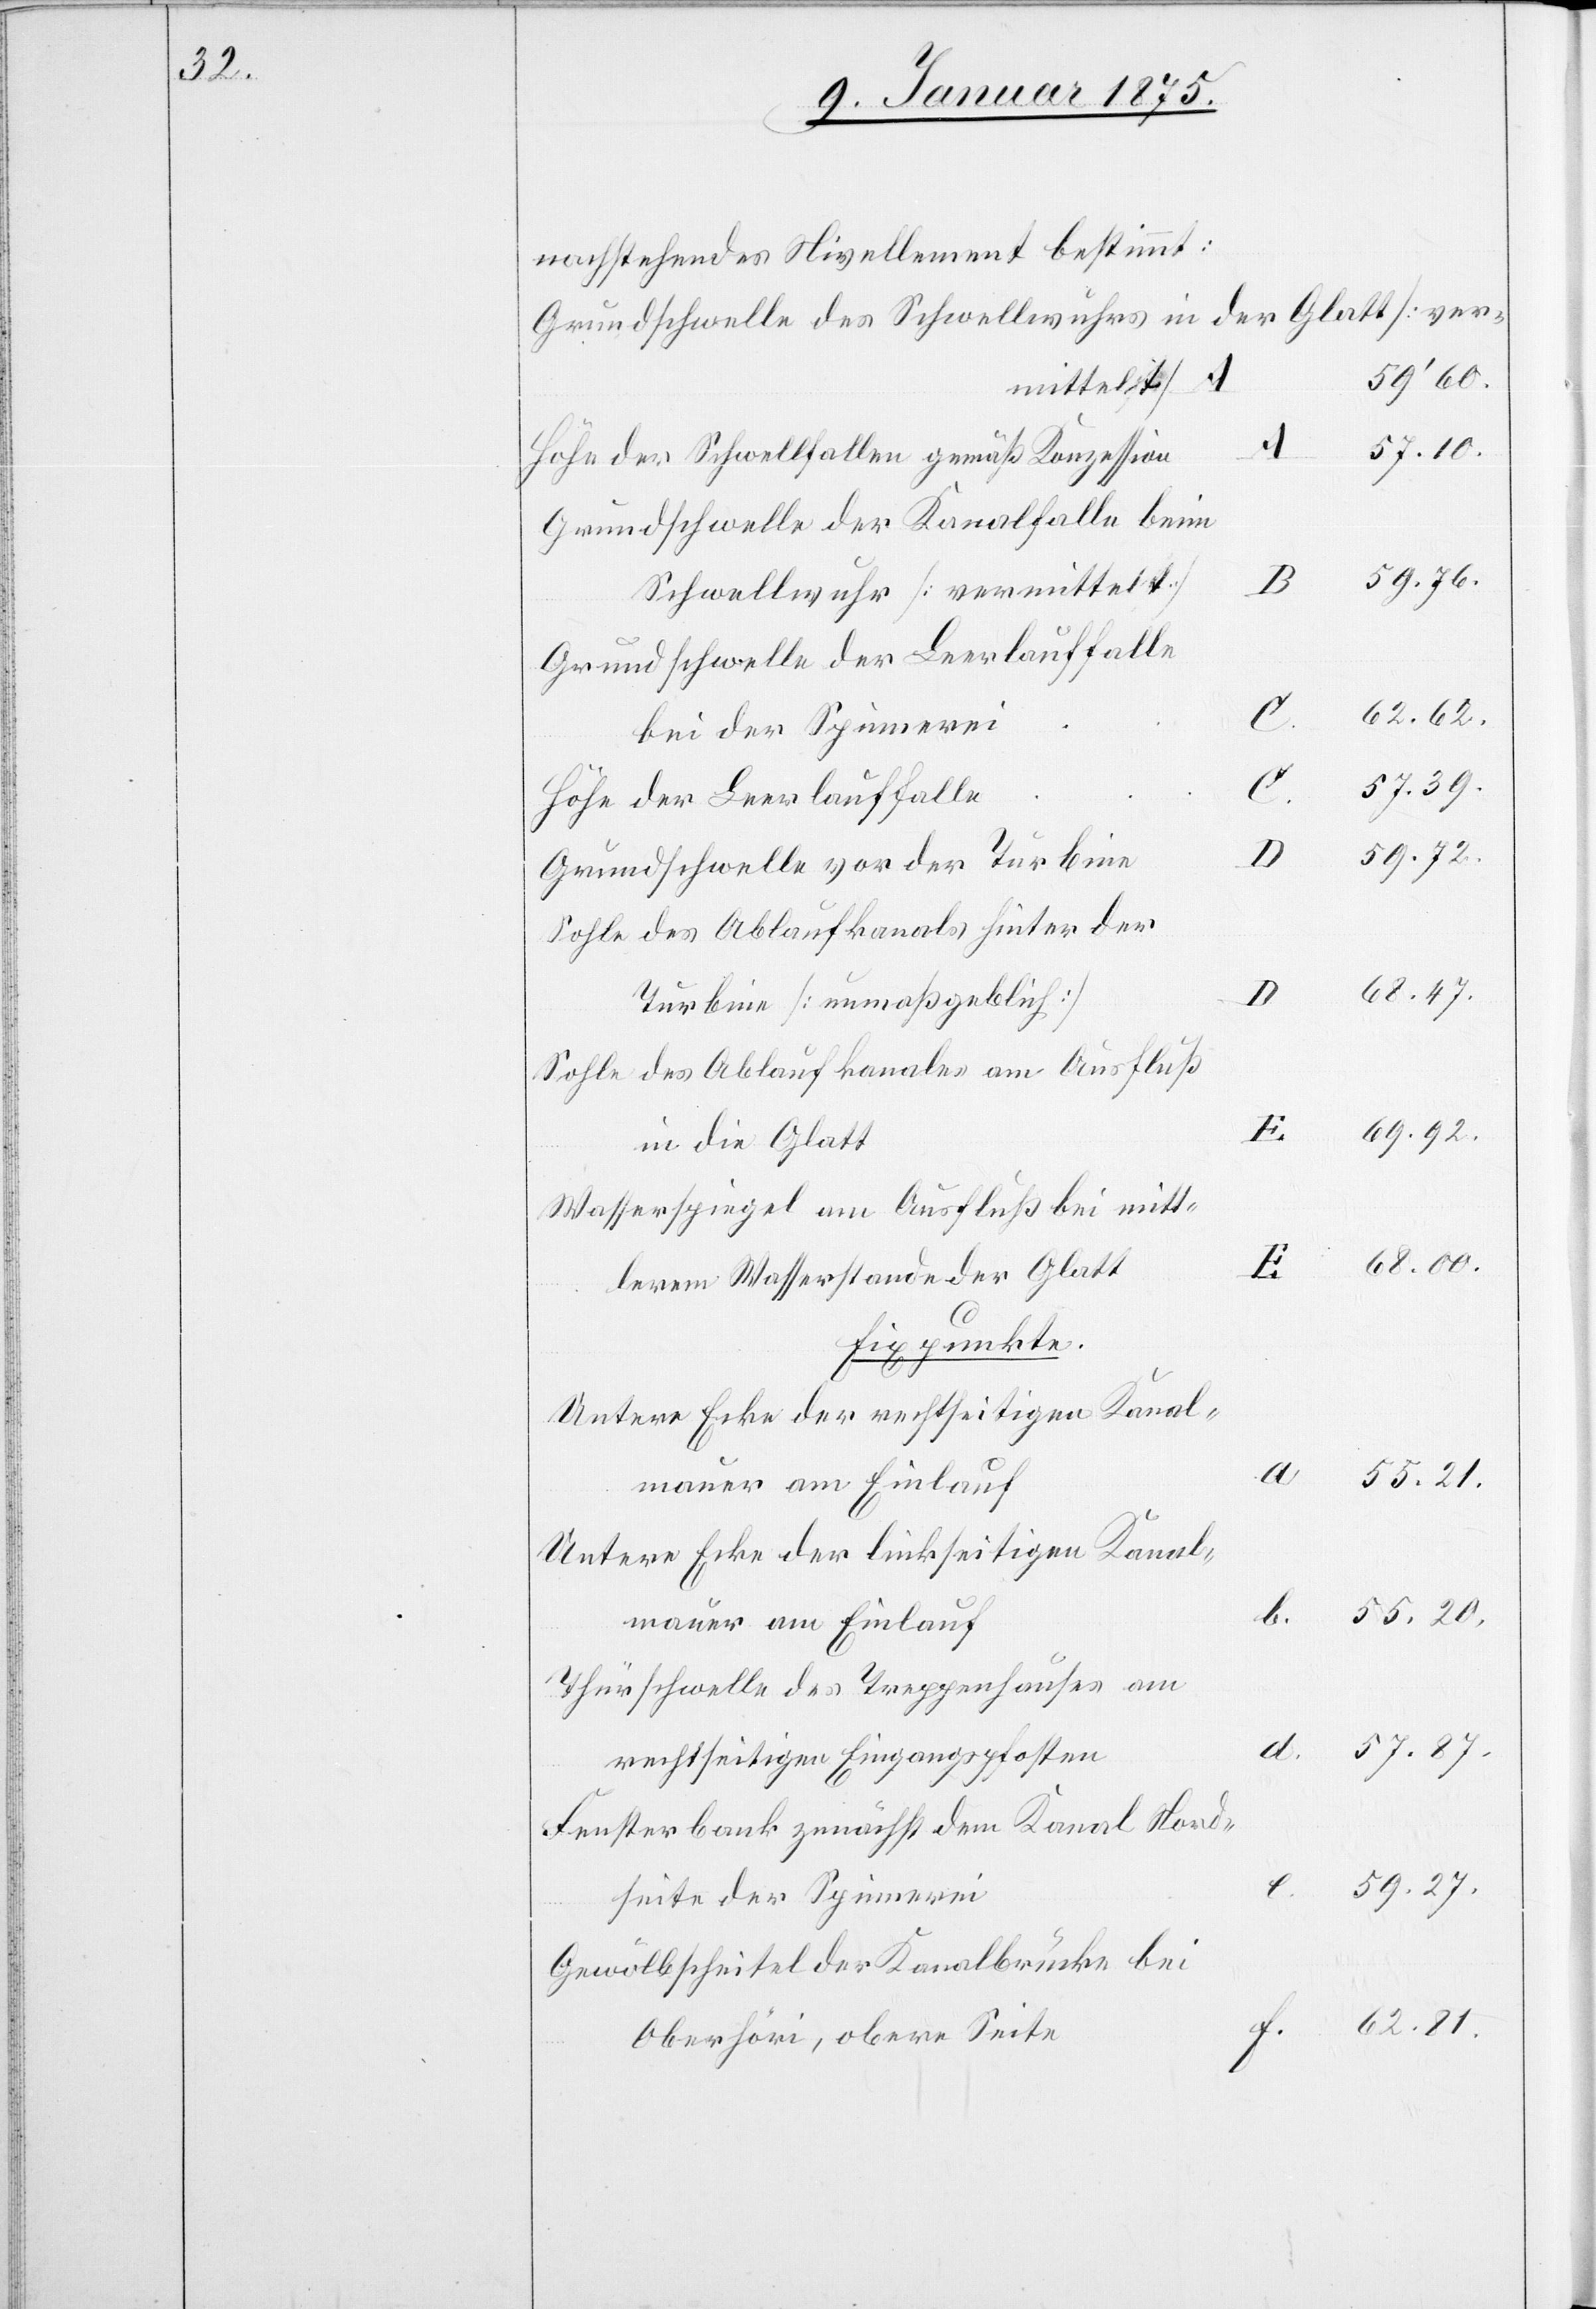
a
55.
nachstehendes Nivellement bestimmt:
Grundschwelle des Schwellwuhres in der Glatt (ver¬
57. 10.
mittelst)
Höhe der Schwellfallen gemäß Konzession
Grundschwelle der Kanalfalle beim
59. 76.
Schwellwuhr (vermittelst)
Grundschwelle der Leerlauffalle
62. 81.
20.
bei der Spinnerei
57. 39.
d.
Höhe der Leerlauffalle
59. 27.
21.
Grundschwelle vor der Turbine
Sohle des Ablaufkanals hinter der
68. 47.
D
Turbine (unmaßgeblich)
Sohle des Ablaufkanales am Ausfluß
69. 92.
in die Glatt
Wasserspiegel am Ausfluß bei mitt¬
lerem Wasserstande der Glatt
f.
Fixpunkte.
Untere Ecke der rechtseitigen Kanal¬
mauer am Einlauf
Untere Ecke der linkseitigen Kanal¬
Thürschwelle des Treppenhauses am
57. 87.
rechtseitigen Eingangspfosten
Fensterbank zunächst dem Kanal Nord¬
seite der Schreinerei
Gewölbscheitel der Kanalbrücke bei
Oberhöri, obere Seite